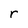
Character: r